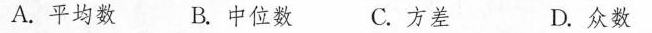
A.平均数 B.中位数 C.方差 D.众数